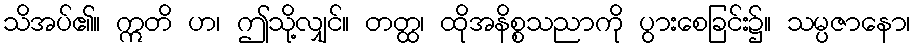
သိအပ်၏။ ဣတိ ဟ၊ ဤသို့လျှင်။ တတ္ထ၊ ထိုအနိစ္စသညာကို ပွားစေခြင်း၌။ သမ္ပဇာနော၊